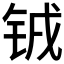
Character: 𫓰